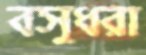
বসুধরা